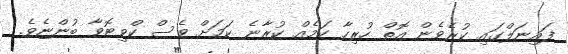
ފައިނަލްގައި ކުރެވެން އޮތް ހުރިހާ ކަމެއް ކުރާނެ ކަމަށް ވެސް ކްވިޓޮވާ ބުންޏެވެ.